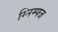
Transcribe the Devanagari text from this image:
ग्निम्फ्ज